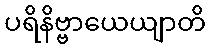
ပရိနိဗ္ဗာယေယျာတိ